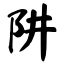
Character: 阱